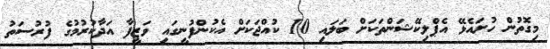
މިގޮތުން ހުށައެޅޭ އެޕްލިކޭޝަންތަކަށް ބަލައި 10 ކުއްޖަކަށް އެކުންފުނީގައި ވަޒީފާ އަދާކުރުމުގެ ފުރުސަތު